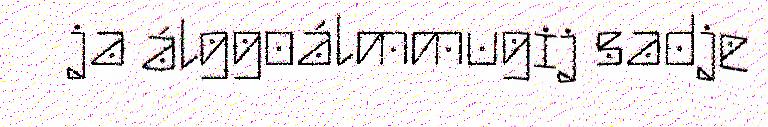
ja álggoálmmugij sadje